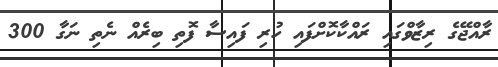
ރާއްޖޭގެ ރިޒާވްގައި ރައްކާކޮށްފައި ހުރި ފައިސާ ފޮތި ބިރެއް ނެތި ނަގާ 300